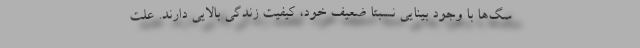
سگ‌ها با وجود بینایی نسبتا ضعیف خود، کیفیت زندگی بالایی دارند. علت